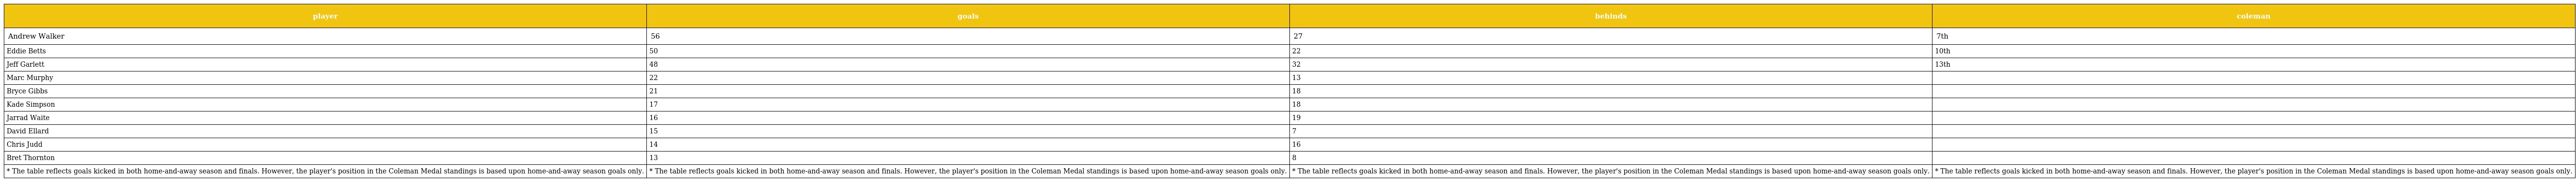
| player | goals | behinds | coleman |
 | --- | --- | --- | --- |
 | Andrew Walker | 56 | 27 | 7th |
 | Eddie Betts | 50 | 22 | 10th |
 | Jeff Garlett | 48 | 32 | 13th |
 | Marc Murphy | 22 | 13 |  |
 | Bryce Gibbs | 21 | 18 |  |
 | Kade Simpson | 17 | 18 |  |
 | Jarrad Waite | 16 | 19 |  |
 | David Ellard | 15 | 7 |  |
 | Chris Judd | 14 | 16 |  |
 | Bret Thornton | 13 | 8 |  |
 | * The table reflects goals kicked in both home-and-away season and finals. However, the player's position in the Coleman Medal standings is based upon home-and-away season goals only. | * The table reflects goals kicked in both home-and-away season and finals. However, the player's position in the Coleman Medal standings is based upon home-and-away season goals only. | * The table reflects goals kicked in both home-and-away season and finals. However, the player's position in the Coleman Medal standings is based upon home-and-away season goals only. | * The table reflects goals kicked in both home-and-away season and finals. However, the player's position in the Coleman Medal standings is based upon home-and-away season goals only. |